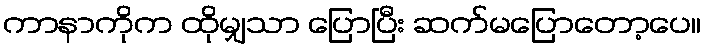
ကာနာကိုက ထိုမျှသာ ပြောပြီး ဆက်မပြောတော့ပေ။